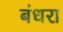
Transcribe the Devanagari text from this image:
बंधरा